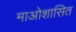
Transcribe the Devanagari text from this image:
माओशासित